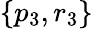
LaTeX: \{ p_{3},r_{3}\}